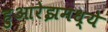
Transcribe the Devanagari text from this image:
हुआरेझमध्ये